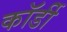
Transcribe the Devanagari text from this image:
कॉर्डी